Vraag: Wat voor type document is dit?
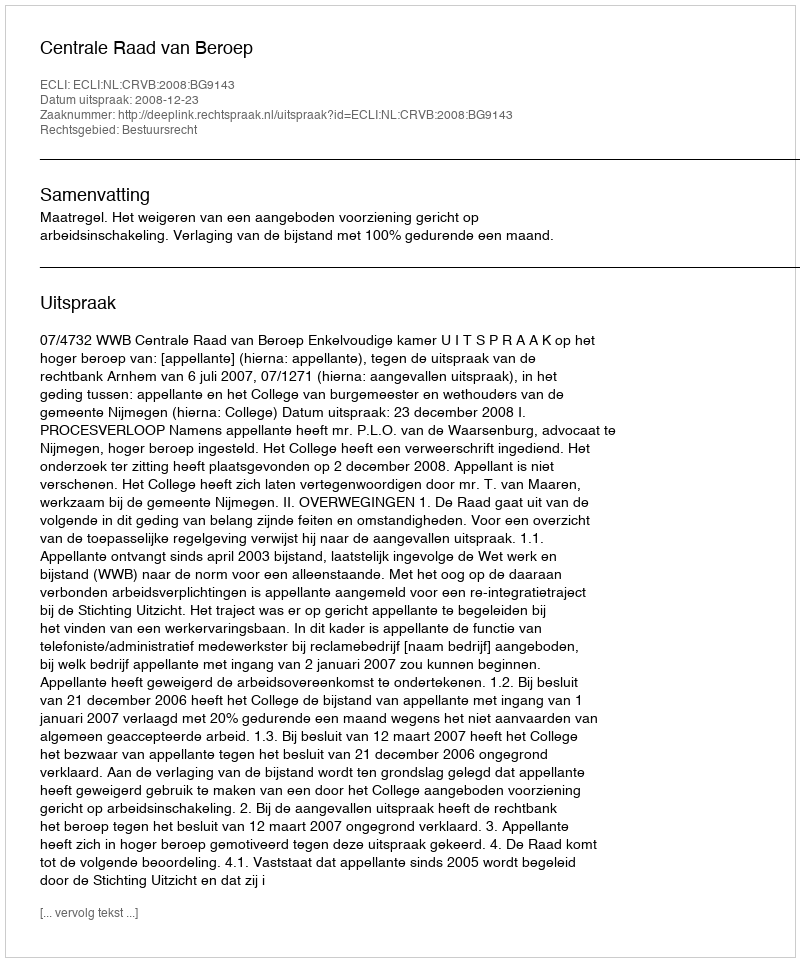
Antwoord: Uitspraak